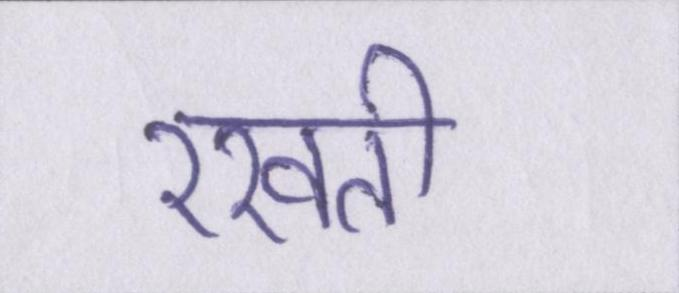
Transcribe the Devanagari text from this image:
रखती